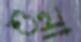
শুনা